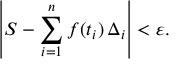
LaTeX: \left| S - \sum _ { i = 1 } ^ { n } f ( t _ { i } ) \, \Delta _ { i } \right| < \varepsilon .